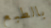
بالطبع